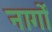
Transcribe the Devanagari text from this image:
नार्गों